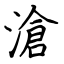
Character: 滄